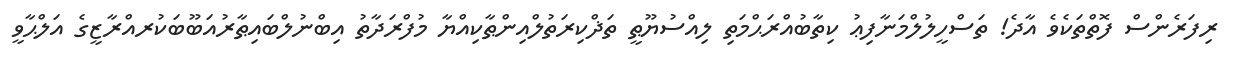
ރިފަރެންސް ފޮތްތަކެވެ އާދެ! ތަސްހީލުލްމަނާފިޢު ކިތާބުއްރަޙްމަތި ލިއްސުޔޫޠީ ތަޛްކިރަތުލްއިންޠާކިއްޔާ މުފްރަދާތު އިބްނުލްބައިޠާރުއަބޫބަކުރއްރާޒީގެ އަލްޙާވީ